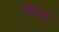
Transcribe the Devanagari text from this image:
मिथून